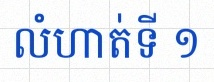
លំហាត់ទី ១